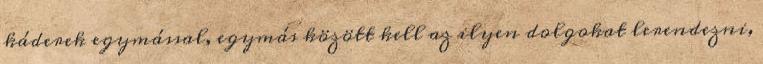
káderek egymással, egy­más között kell az ilyen dolgokat lerendezni,